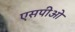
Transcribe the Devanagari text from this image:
एसपीओ